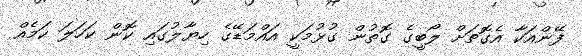
ފޭންއަކާ އެގޮތަށް ލޯބީގެ ގޮތުން ގުޅުމަކީ އައްމަޑޭގެ ހިޔާލުގައި ކޮން ކަހަލަ ކަމެއް